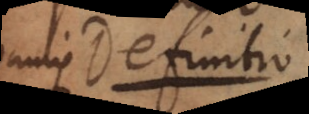
enim definitio